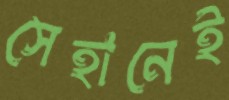
সেহানেই